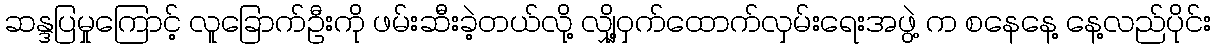
ဆန္ဒပြမှုကြောင့် လူခြောက်ဦးကို ဖမ်းဆီးခဲ့တယ်လို့ လျှို့ဝှက်ထောက်လှမ်းရေးအဖွဲ့ က စနေနေ့ နေ့လည်ပိုင်း